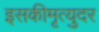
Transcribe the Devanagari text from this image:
इसकीमृत्युदर